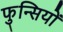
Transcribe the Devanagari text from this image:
फुन्सियों